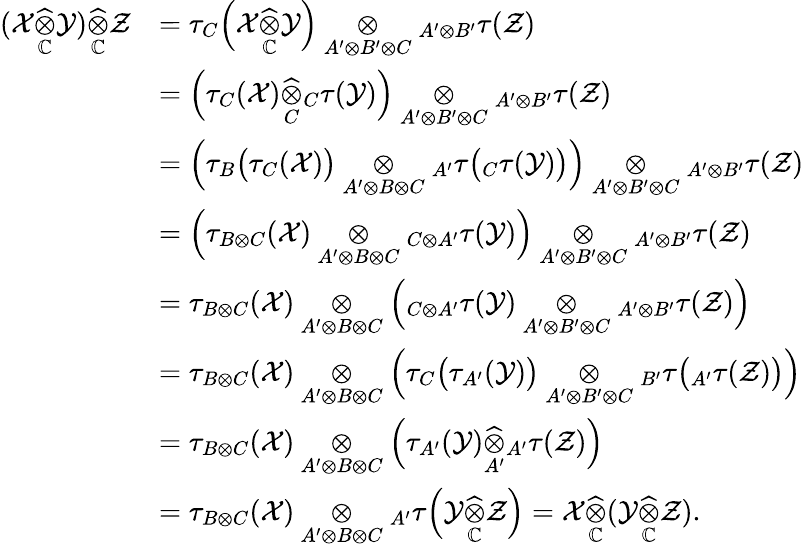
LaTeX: \begin{array}{rl}{(\mathcal{X}\underset{\mathbb{C}}{\widehat{\otimes}}\mathcal{Y})\underset{\mathbb{C}}{\widehat{\otimes}}\mathcal{Z}}&{=\tau_{C}\Big(\mathcal{X}\underset{\mathbb{C}}{\widehat{\otimes}}\mathcal{Y}\Big)\underset{A^{\prime}\otimes B^{\prime}\otimes C}{\otimes}{_{A^{\prime}\otimes B^{\prime}}}\tau(\mathcal{Z})}\\ &{=\Big(\tau_{C}(\mathcal{X})\underset{C}{\widehat{\otimes}}{_{C}}\tau(\mathcal{Y})\Big)\underset{A^{\prime}\otimes B^{\prime}\otimes C}{\otimes}{_{A^{\prime}\otimes B^{\prime}}}\tau(\mathcal{Z})}\\ &{=\Big(\tau_{B}\big(\tau_{C}(\mathcal{X})\big)\underset{A^{\prime}\otimes B\otimes C}{\otimes}{_{A^{\prime}}}\tau\big({_C}\tau(\mathcal{Y})\big)\Big)\underset{A^{\prime}\otimes B^{\prime}\otimes C}{\otimes}{_{A^{\prime}\otimes B^{\prime}}}\tau(\mathcal{Z})}\\ &{=\Big(\tau_{B\otimes C}(\mathcal{X})\underset{A^{\prime}\otimes B\otimes C}{\otimes}{_{C\otimes A^{\prime}}}\tau(\mathcal{Y})\Big)\underset{A^{\prime}\otimes B^{\prime}\otimes C}{\otimes}{_{A^{\prime}\otimes B^{\prime}}}\tau(\mathcal{Z})}\\ &{=\tau_{B\otimes C}(\mathcal{X})\underset{A^{\prime}\otimes B\otimes C}{\otimes}\Big({_{C\otimes A^{\prime}}}\tau(\mathcal{Y})\underset{A^{\prime}\otimes B^{\prime}\otimes C}{\otimes}{_{A^{\prime}\otimes B^{\prime}}}\tau(\mathcal{Z})\Big)}\\ &{=\tau_{B\otimes C}(\mathcal{X})\underset{A^{\prime}\otimes B\otimes C}{\otimes}\Big(\tau_{C}\big(\tau_{A^{\prime}}(\mathcal{Y})\big)\underset{A^{\prime}\otimes B^{\prime}\otimes C}{\otimes}{_{B^{\prime}}}\tau\big({_{A^{\prime}}}\tau(\mathcal{Z})\big)\Big)}\\ &{=\tau_{B\otimes C}(\mathcal{X})\underset{A^{\prime}\otimes B\otimes C}{\otimes}\Big(\tau_{A^{\prime}}(\mathcal{Y})\underset{A^{\prime}}{\widehat{\otimes}}{_{A^{\prime}}}\tau(\mathcal{Z})\Big)}\\ &{=\tau_{B\otimes C}(\mathcal{X})\underset{A^{\prime}\otimes B\otimes C}{\otimes}{_{A^{\prime}}}\tau\Big(\mathcal{Y}\underset{\mathbb{C}}{\widehat{\otimes}}\mathcal{Z}\Big)=\mathcal{X}\underset{\mathbb{C}}{\widehat{\otimes}}(\mathcal{Y}\underset{\mathbb{C}}{\widehat{\otimes}}\mathcal{Z}).}\end{array}